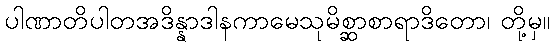
ပါဏာတိပါတအဒိန္နာဒါနကာမေသုမိစ္ဆာစာရာဒိတော၊ တို့မှ။